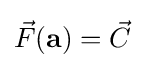
{\vec {F}}(\mathbf {a} )={\vec {C}}